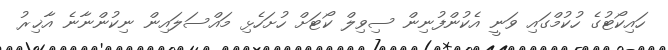
ހައިކޯޓުގެ ހުކުމްގައި ވަނީ އެކުންފުނިން ސިވިލް ކޯޓަށް ހުށަހެޅި މައްސަލައިން ނިކުންނާނެ އާޚިރު